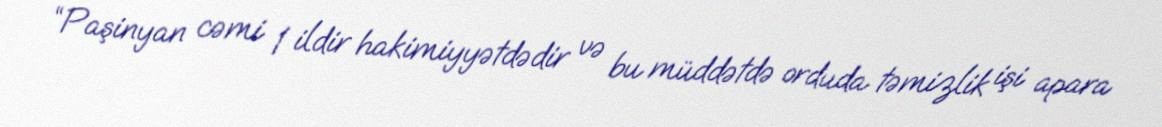
“Paşinyan cəmi 1 ildir hakimiyyətdədir və bu müddətdə orduda təmizlik işi apara